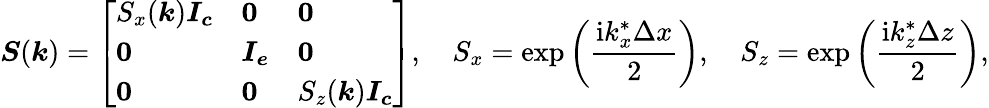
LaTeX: \boldsymbol{S}(\boldsymbol{k})=\left[\begin{array}{lll}{S_{x}(\boldsymbol{k})\boldsymbol{I_{c}}}&{\boldsymbol{0}}&{\boldsymbol{0}}\\ {\boldsymbol{0}}&{\boldsymbol{I_{e}}}&{\boldsymbol{0}}\\ {\boldsymbol{0}}&{\boldsymbol{0}}&{S_{z}(\boldsymbol{k})\boldsymbol{I_{c}}}\end{array}\right],\quad S_{x}=\mathrm{exp}\left(\frac{\mathrm{i}k_{x}^{*}\Delta x}{2}\right),\quad S_{z}=\mathrm{exp}\left(\frac{\mathrm{i}k_{z}^{*}\Delta z}{2}\right),